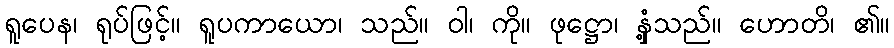
ရူပေန၊ ရုပ်ဖြင့်။ ရူပကာယော၊ သည်။ ဝါ၊ ကို။ ဖုဋ္ဌော၊ နှံ့သည်။ ဟောတိ၊ ၏။